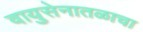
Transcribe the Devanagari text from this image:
वायुसेनातळाचा